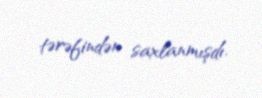
tərəfindən saxlanmışdı.